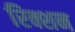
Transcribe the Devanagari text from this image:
रिक्शन